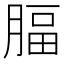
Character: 腷